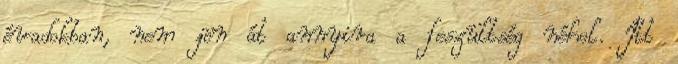
évadokban, nem jön át annyira a feszültség néhol. Itt